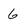
Character: 6